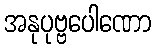
အနုပုဗ္ဗပေါဏော